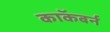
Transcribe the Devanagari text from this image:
काॅकबर्न